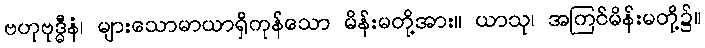
ဗဟုဗုဒ္ဓီနံ၊ များသောမာယာရှိကုန်သော မိန်းမတို့အား။ ယာသု၊ အကြင်မိန်းမတို့၌။